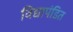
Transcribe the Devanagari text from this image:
विद्यापंडित